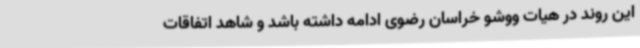
این روند در هیات ووشو خراسان رضوی ادامه داشته باشد و شاهد اتفاقات